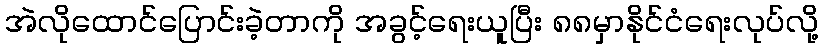
အဲလိုထောင်ပြောင်းခဲ့တာကို အခွင့်ရေးယူပြီး ၈၈မှာနိုင်ငံရေးလုပ်လို့